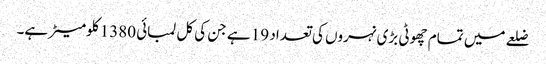
ضلعے میں تمام چھوٹی بڑی نہروں کی تعداد 19 ہے جن کی کل لمبائی 1380 کلومیٹر ہے۔